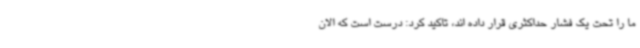
ما را تحت یک فشار حداکثری قرار داده اند، تاکید کرد: درست است که الان